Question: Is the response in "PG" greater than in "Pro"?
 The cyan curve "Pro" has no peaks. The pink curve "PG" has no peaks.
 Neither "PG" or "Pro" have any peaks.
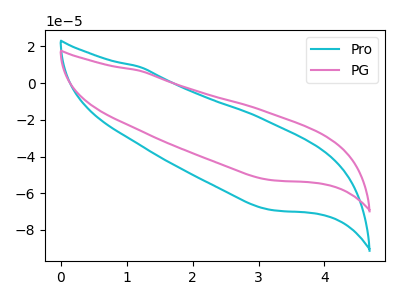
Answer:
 <answer>I cant tell if "PG" or "Pro" has more signal.</answer>
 <eval>mixed_signal</eval>